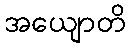
အယျောတိ